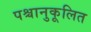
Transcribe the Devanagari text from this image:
पश्चानुकूलित